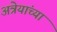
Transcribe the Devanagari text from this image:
अत्रेयांच्या